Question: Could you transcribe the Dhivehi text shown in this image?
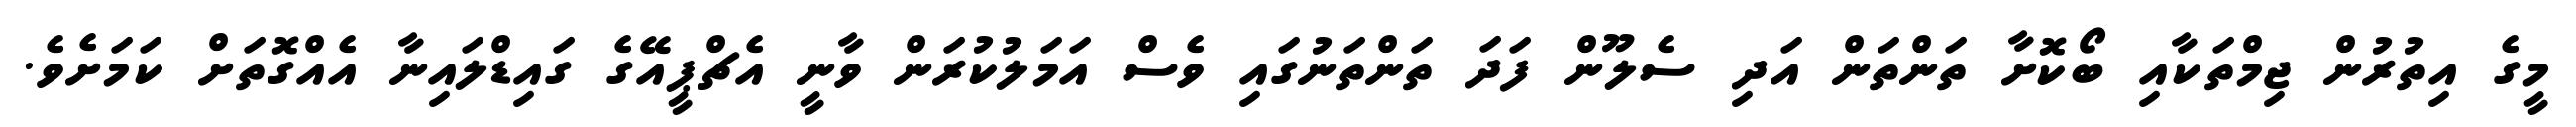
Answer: މީގެ އިތުރުން ޖިމްތަކާއި ބޯކޮށާ ތަންތަން އަދި ސެލޫން ފަދަ ތަންތަނުގައި ވެސް އަމަލުކުރަން ވާނީ އެޗްޕީއޭގެ ގައިޑްލައިނާ އެއްގޮތަށް ކަމަށެވެ.